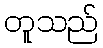
တူသည်